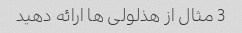
3 مثال از هذلولی ها ارائه دهید